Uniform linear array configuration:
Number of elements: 4
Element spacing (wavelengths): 1
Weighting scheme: uniform
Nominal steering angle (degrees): -15
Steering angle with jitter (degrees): -13.969
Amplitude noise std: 0.05
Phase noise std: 0.05

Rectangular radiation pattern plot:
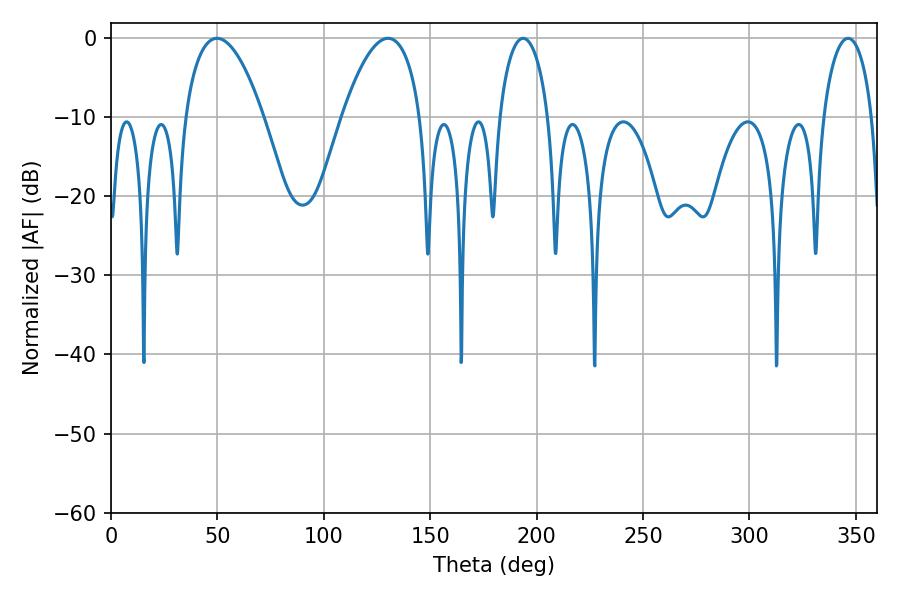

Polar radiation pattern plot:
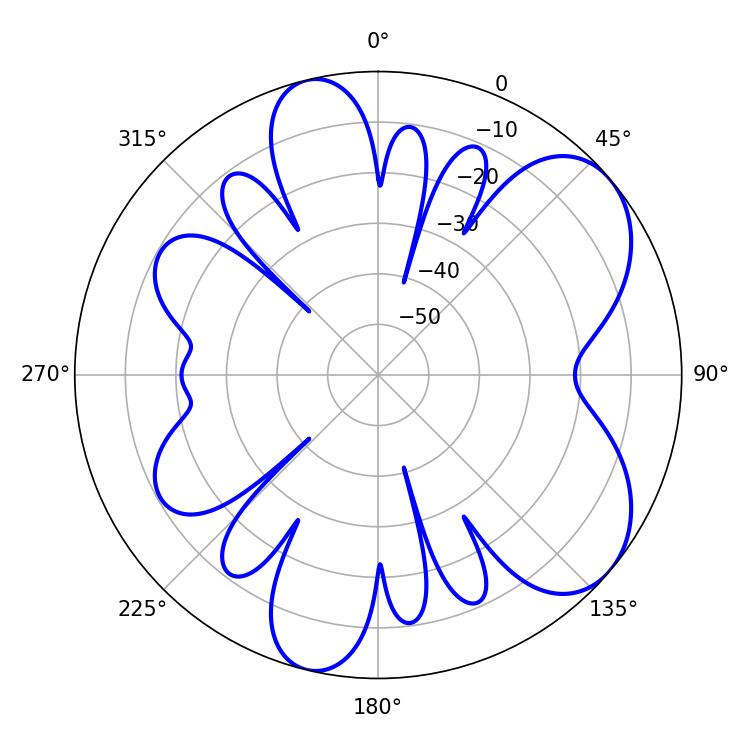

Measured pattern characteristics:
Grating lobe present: TRUE
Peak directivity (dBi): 6.671
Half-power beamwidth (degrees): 13.14
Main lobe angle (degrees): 193.68